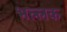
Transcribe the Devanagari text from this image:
भल्लक